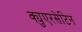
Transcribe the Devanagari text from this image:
क्युएरसेटिन